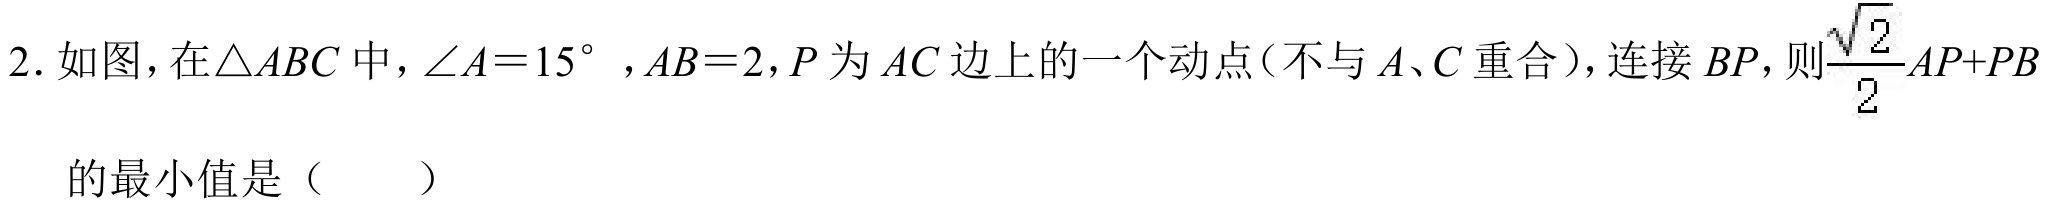
2. 如图，在\(\triangle ABC\)中，\(\angle A = 15^{\circ}\)，\(AB = 2\)，\(P\)为\(AC\)边上的一个动点（不与\(A、C\)重合），连接\(BP\)，则\(\dfrac{\sqrt{2}}{2}AP + PB\)的最小值是（  ）